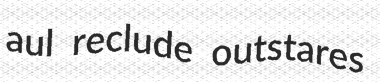
aul reclude outstares